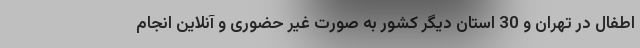
اطفال در تهران و 30 استان دیگر کشور به صورت غیر حضوری و آنلاین انجام